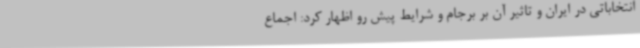
انتخاباتی در ایران و تاثیر آن بر برجام و شرایط پیش رو اظهار کرد: اجماع